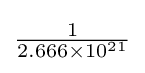
\textstyle {\frac {1}{2.666\times 10^{21}}}